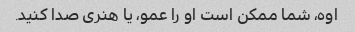
اوه، شما ممکن است او را عمو، یا هنری صدا کنید.